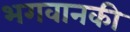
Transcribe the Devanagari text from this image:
भगवानकी